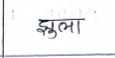
मजकूर: झुला